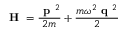
\textbf { H } = \frac { \textbf { p } ^ { 2 } } { 2 m } + \frac { m \omega ^ { 2 } \textbf { q } ^ { 2 } } { 2 }